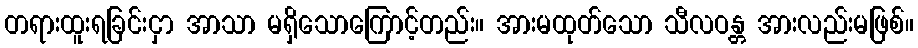
တရားထူးရခြင်းငှာ အာသာ မရှိသောကြောင့်တည်း။ အားမထုတ်သော သီလဝန္တ အားလည်းမဖြစ်။